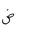
Letter: _dad